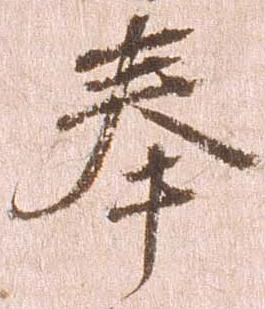
奉